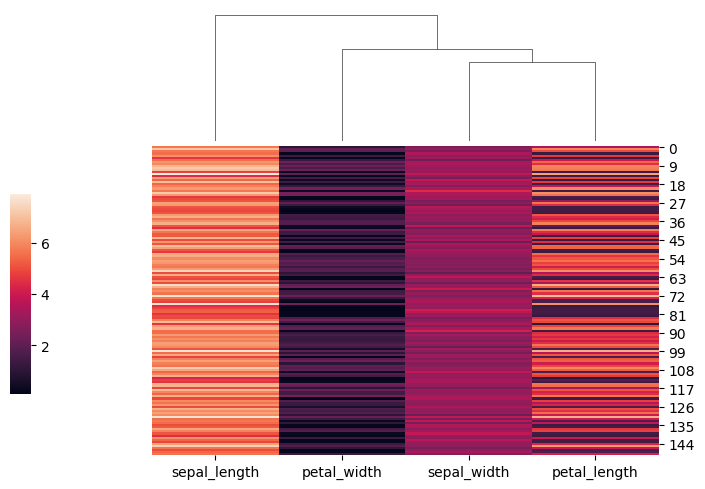
python, seaborn, clustermap, figsize=(7, 5), row_cluster=False, dendrogram_ratio=(0.2, 0.3), cbar_pos=(0, 0.2, 0.03, 0.4)